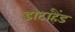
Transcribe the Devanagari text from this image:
डाटाहैंड